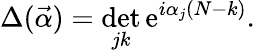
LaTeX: \Delta(\vec{\alpha})=\operatorname*{det}_{jk}\mathrm{e}^{i\alpha_{j}(N-k)}.